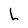
Character: L